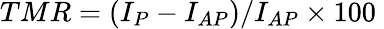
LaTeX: TMR=(I_{P}-I_{AP})/I_{AP}\times 100\